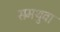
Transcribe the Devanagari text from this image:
समथुवा